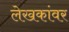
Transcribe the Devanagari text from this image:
लेखकांवर